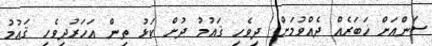
ސަންއަށް ޚަބަރެއް ދެއްވުމަށް: ދިވެހި ޤައުމު ދުށް ކަޅު ތިން އަހަރުދިވެހި ޤައުމު